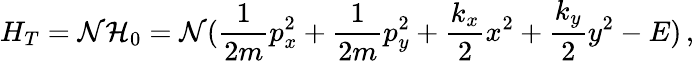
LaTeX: H_{T}=\mathcal{N}\mathcal{{H}}_{0}=\mathcal{N}(\frac{{1}}{{2m}}p_{x}^{2}+\frac{{1}}{{2m}}p_{y}^{2}+\frac{{k_{x}}}{{2}}x^{2}+\frac{{k_{y}}}{{2}}y^{2}-E)\, ,